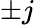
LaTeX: \pm j